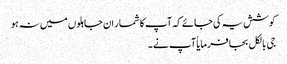
کوشش یہ کی جائے کہ آپ کا شمار ان جاہلوں میں نہ ہو
جی بالکل بجا فرمایا ٰآپ نے ۔